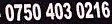
0750 403 0216